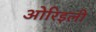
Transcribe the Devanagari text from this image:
ओरिइली